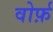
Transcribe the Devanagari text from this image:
वोर्फ़